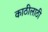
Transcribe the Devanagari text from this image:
काठीलाठी